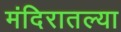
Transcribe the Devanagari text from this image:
मंदिरातल्या